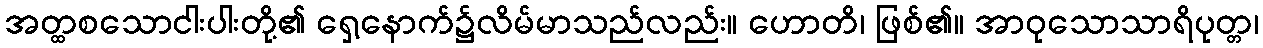
အတ္ထစသောငါးပါးတို့၏ ရှေ့နောက်၌လိမ်မာသည်လည်း။ ဟောတိ၊ ဖြစ်၏။ အာဝုသောသာရိပုတ္တ၊